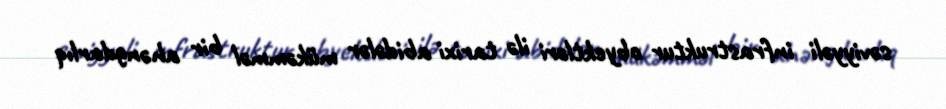
səviyyəli infrastruktur obyektləri ilə tarixi abidələr mükəmməl bir ahəngdarlıq